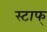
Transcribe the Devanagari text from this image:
स्टाफ्